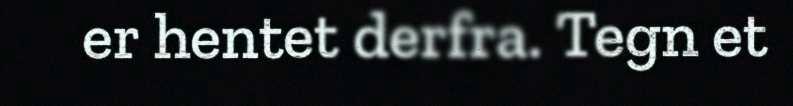
er hentet derfra. Tegn et